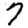
Digit: 7